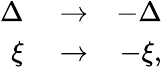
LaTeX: \begin{array}{rlr}{\Delta}&{{}\rightarrow}&{-\Delta}\\ {\xi}&{{}\rightarrow}&{-\xi,}\end{array}